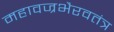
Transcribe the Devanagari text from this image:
महावज्रभैरवतंत्र